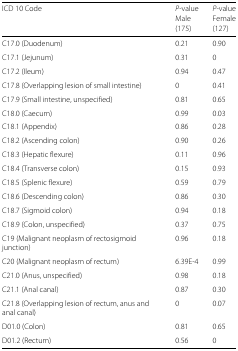
<table><thead><tr><td><b>ICD 10 Code</b></td><td><b><i>P</i>-value</b></td><td><b><i>P</i>-value</b></td></tr><tr><td></td><td><b>Male</b></td><td><b>Female</b></td></tr><tr><td></td><td><b>(175)</b></td><td><b>(127)</b></td></tr></thead><tbody><tr><td>C17.0 (Duodenum)</td><td>0.21</td><td>0.90</td></tr><tr><td>C17.1 (Jejunum)</td><td>0.31</td><td>0</td></tr><tr><td>C17.2 (Ileum)</td><td>0.94</td><td>0.47</td></tr><tr><td>C17.8 (Overlapping lesion of small intestine)</td><td>0</td><td>0.41</td></tr><tr><td>C17.9 (Small intestine, unspecified)</td><td>0.81</td><td>0.65</td></tr><tr><td>C18.0 (Caecum)</td><td>0.99</td><td>0.03</td></tr><tr><td>C18.1 (Appendix)</td><td>0.86</td><td>0.28</td></tr><tr><td>C18.2 (Ascending colon)</td><td>0.90</td><td>0.26</td></tr><tr><td>C18.3 (Hepatic flexure)</td><td>0.11</td><td>0.96</td></tr><tr><td>C18.4 (Transverse colon)</td><td>0.15</td><td>0.93</td></tr><tr><td>C18.5 (Splenic flexure)</td><td>0.59</td><td>0.79</td></tr><tr><td>C18.6 (Descending colon)</td><td>0.86</td><td>0.30</td></tr><tr><td>C18.7 (Sigmoid colon)</td><td>0.94</td><td>0.18</td></tr><tr><td>C18.9 (Colon, unspecified)</td><td>0.37</td><td>0.75</td></tr><tr><td>C19 (Malignant neoplasm of rectosigmoid junction)</td><td>0.96</td><td>0.18</td></tr><tr><td>C20 (Malignant neoplasm of rectum)</td><td>6.39E-4</td><td>0.99</td></tr><tr><td>C21.0 (Anus, unspecified)</td><td>0.98</td><td>0.18</td></tr><tr><td>C21.1 (Anal canal)</td><td>0.87</td><td>0.30</td></tr><tr><td>C21.8 (Overlapping lesion of rectum, anus and anal canal)</td><td>0</td><td>0.07</td></tr><tr><td>D01.0 (Colon)</td><td>0.81</td><td>0.65</td></tr><tr><td>D01.2 (Rectum)</td><td>0.56</td><td>0</td></tr></tbody></table>